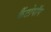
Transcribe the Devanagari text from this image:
कैंटोपॉप